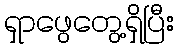
ရှာဖွေတွေ့ရှိပြီး